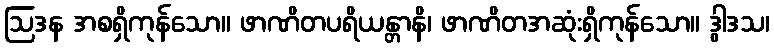
ဩဒန အစရှိကုန်သော။ ဖာဏိတပရိယန္တာနိ၊ ဖာဏိတအဆုံးရှိကုန်သော။ ဒွါဒသ၊